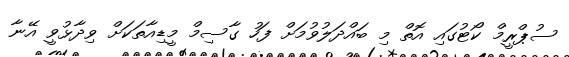
ސުޕްރީމް ކޯޓުގައި އޮތް މި ބައްދަލުވުމަށް ފަހު ގާސިމް މީޑިއާތަކަށް ވިދާޅުވީ އޭނާ